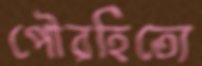
পৌরহিত্যে